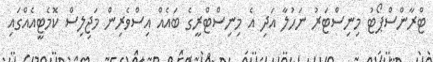
ޓްރާންސްޕޯޓު މިނިސްޓަރު ނަހުލާ އަދި އެ މިނިސްޓްރީގެ ބައެއް އިސްވެރިން މަޖިލިސް ކޮމެޓީއެއްގައި